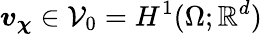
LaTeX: \boldsymbol{v}_{\boldsymbol{\chi}}\in\mathcal{V}_{0}=H^{1}(\Omega;\mathbb{R}^{d})